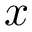
x